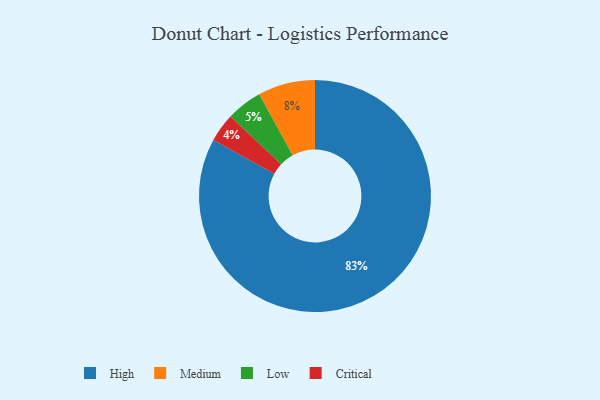
{"axis": {"x": "Category", "y": "Percentage"}, "legend": ["Critical", "High", "Low", "Medium"], "data": [{"x": "Low", "y": 5, "type": "Low"}, {"x": "Critical", "y": 4, "type": "Critical"}, {"x": "High", "y": 83, "type": "High"}, {"x": "Medium", "y": 8, "type": "Medium"}]}